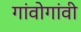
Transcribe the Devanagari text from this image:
गांवोगांवी